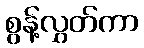
စွန့်လွှတ်ကာ